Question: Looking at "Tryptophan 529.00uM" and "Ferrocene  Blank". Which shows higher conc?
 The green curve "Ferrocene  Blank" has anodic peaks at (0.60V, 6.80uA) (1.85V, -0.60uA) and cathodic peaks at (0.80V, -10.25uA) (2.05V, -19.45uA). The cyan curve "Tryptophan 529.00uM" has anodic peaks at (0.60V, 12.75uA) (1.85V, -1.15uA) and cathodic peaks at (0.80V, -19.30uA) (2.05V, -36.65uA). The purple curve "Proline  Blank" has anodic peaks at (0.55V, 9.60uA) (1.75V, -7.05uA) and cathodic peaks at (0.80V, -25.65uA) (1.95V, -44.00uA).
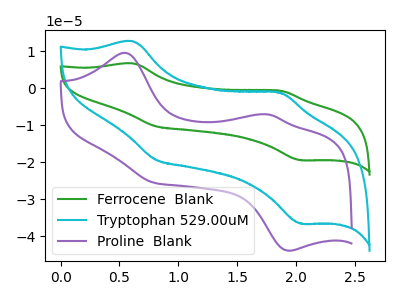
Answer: <think>All the peaks in "Tryptophan 529.00uM" have a peak in "Ferrocene  Blank" at the same potential.
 </think>
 <answer>I cant tell if "Tryptophan 529.00uM" or "Ferrocene  Blank" has higher concentration.</answer>
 <eval>mixed_concentration</eval>